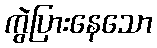
ကွဲပြားနေသော